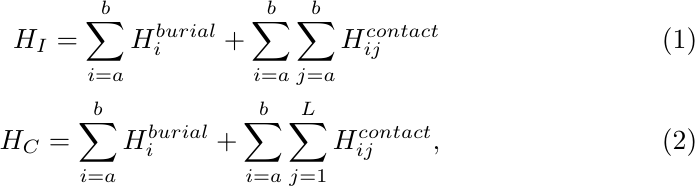
\begin{align}
    H_{I} =\sum_{i=a}^{b}H_i^{burial} + \sum_{i=a}^{b} \sum_{j=a}^{b}H_{ij}^{contact}  \\
    H_{C} =\sum_{i=a}^{b}H_i^{burial}  + \sum_{i=a}^{b} \sum_{j=1}^{L}H_{ij}^{contact},
\end{align}